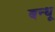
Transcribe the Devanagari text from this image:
बन्धू